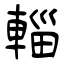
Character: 輜